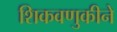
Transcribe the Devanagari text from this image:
शिकवणुकीने